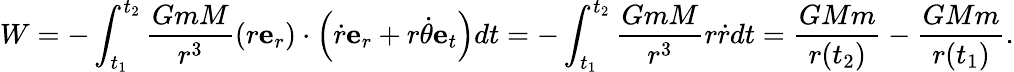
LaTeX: W=-\int_{t_{1}}^{t_{2}}{\frac{GmM}{r^{3}}}(r\mathbf{e}_{r})\cdot\left({\dot{r}}\mathbf{e}_{r}+r{\dot{\theta}}\mathbf{e}_{t}\right)dt=-\int_{t_{1}}^{t_{2}}{\frac{GmM}{r^{3}}}r{\dot{r}}dt={\frac{GMm}{r(t_{2})}}-{\frac{GMm}{r(t_{1})}}.